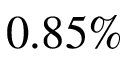
0 . 8 5 \%